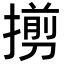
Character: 㨵